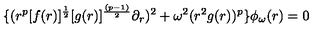
\{ ( r ^ { p } [ f ( r ) ] ^ { { \frac { 1 } { 2 } } } [ g ( r ) ] ^ { \frac { ( p - 1 ) } { 2 } } \partial _ { r } ) ^ { 2 } + \omega ^ { 2 } ( r ^ { 2 } g ( r ) ) ^ { p } \} \phi _ { \omega } ( r ) = 0